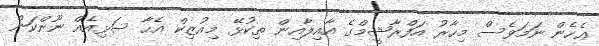
ޢެހެން ނަމަވެސް މިހާރު އަފްރާޝީމްގެ އާއިލާއިން ތިކުޅޭ މިއުޒިކް އެހާ ސަޅިއެއް ނޫންކަން